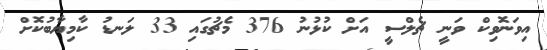
އިވަނޮވިކް ވަނީ ޗެލްސީ އަށް ކުޅުނު 376 މެޗުގައި 33 ލަނޑު ކާމިޔާބުކޮށް